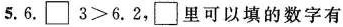
5. $$6.\square 3>6.2$$，\square 里可以填的数字有